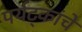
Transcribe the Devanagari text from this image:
पर्यट्कांचे